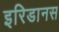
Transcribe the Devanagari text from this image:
इरिडानस